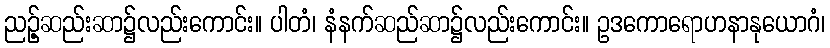
ညဉ့်ဆည်းဆာ၌လည်းကောင်း။ ပါတံ၊ နံနက်ဆည်ဆာ၌လည်းကောင်း။ ဥဒကောရောဟနာနုယောဂံ၊